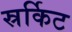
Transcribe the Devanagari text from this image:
स्रर्किट